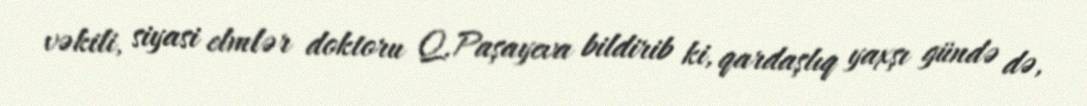
vəkili, siyasi elmlər doktoru Q.Paşayeva bildirib ki, qardaşlıq yaxşı gündə də,